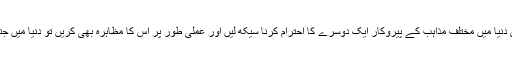
ان کا کہنا تھا کہ اگر ساری دنیا میں مختلف مذاہب کے پیروکار ایک دوسرے کا احترام کرنا سیکھ لیں اور عملی طور پر اس کا مظاہرہ بھی کریں تو دنیا میں جنگ و جدل ختم ہو جائے گا۔